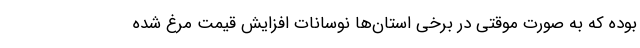
بوده که به صورت موقتی در برخی استان‌ها نوسانات افزایش قیمت مرغ شده